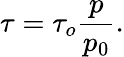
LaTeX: \tau=\tau_{o}{\frac{p}{p_{0}}}.